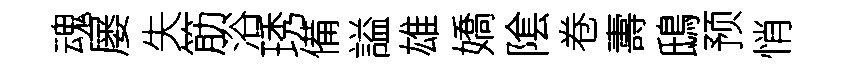
魂屡失筋浴琇備謚雄嬌隂卷夀鴟预悄